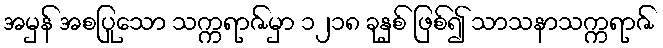
အမှန် အစပြုသော သက္ကရာဇ်မှာ ၁၂၁၈ ခုနှစ် ဖြစ်၍ သာသနာသက္ကရာဇ်